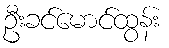
ဦးခင်မောင်ထွန်း